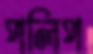
পলিপ